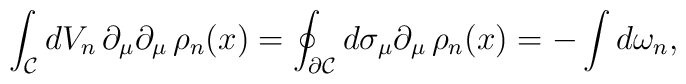
\int_{\cal{C}}dV_{n}\,\partial_{\mu}\partial_{\mu}\,\rho_{n}(x)=\oint_{\partial\cal{C}}d\sigma_{\mu}\partial_{\mu}\,\rho_{n}(x)=-\int d\omega_{n},